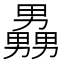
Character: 𪟧